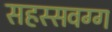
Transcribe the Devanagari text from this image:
सहस्सवग्ग